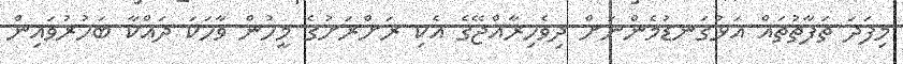
މިފަދަ ތަފާތުތައް އަޅުގަނޑުމެންނަށް ދިވެހިރާއްޖޭގެ އެކި ރަށްރަށުގެ މީހުން ވާހަކަ ދައްކާ ބަހުރުވައިން